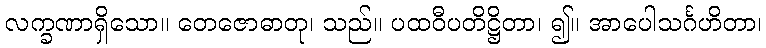
လက္ခဏာရှိသော။ တေဇောဓာတု၊ သည်။ ပထဝီပတိဋ္ဌိတာ၊ ၍။ အာပေါသင်္ဂဟိတာ၊